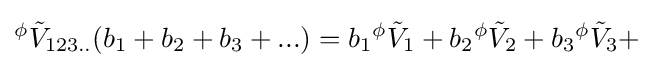
{}^{\phi }{\tilde {V}}_{123..}(b_{1}+b_{2}+b_{3}+...)=b_{1}{}^{\phi }{\tilde {V}}_{1}+b_{2}{}^{\phi }{\tilde {V}}_{2}+b_{3}{}^{\phi }{\tilde {V}}_{3}+